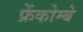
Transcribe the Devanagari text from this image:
फ्रेंकोम्बे